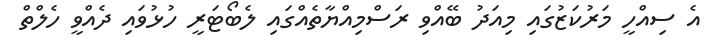
އެ ސިއްހީ މަރުކަޒުގައި މިއަދު ބޭއްވި ރަސްމިއްޔާތެއްގައި ލެބޯޓަރީ ހުޅުވައި ދެއްވީ ހެލްތް